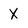
Character: X